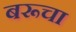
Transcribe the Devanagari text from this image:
बरूचा